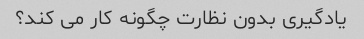
یادگیری بدون نظارت چگونه کار می کند؟